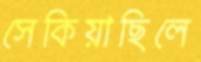
সেকিয়াছিলে